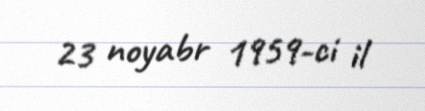
23 noyabr 1959-ci il